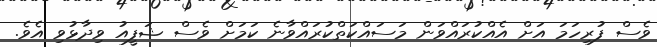
ވެސް ފުރިހަމަ އަށް އެއްކުރައްވަން މަސައްކަތްކުރައްވާނެ ކަމަށް ވެސް ޝަފީއު ވިދާޅުވި އެވެ.